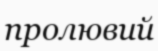
пролювий